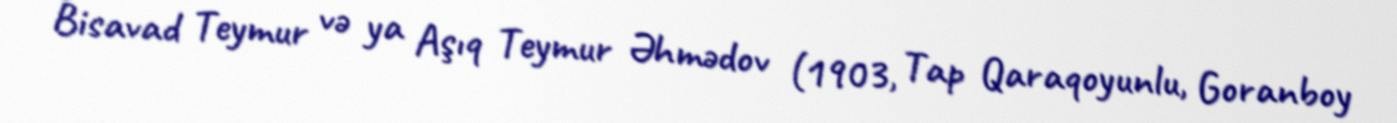
Bisavad Teymur və ya Aşıq Teymur Əhmədov (1903, Tap Qaraqoyunlu, Goranboy